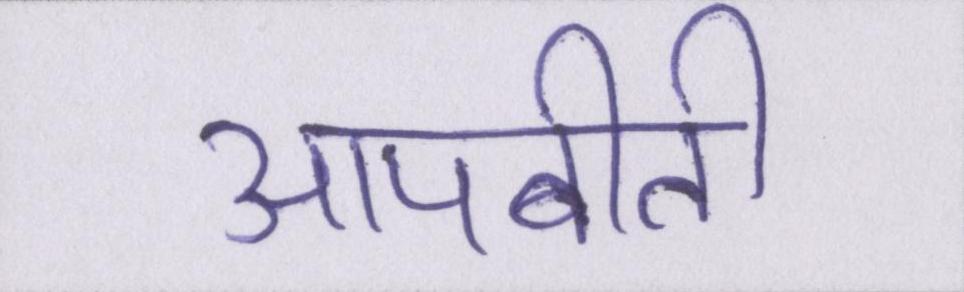
आपबीती